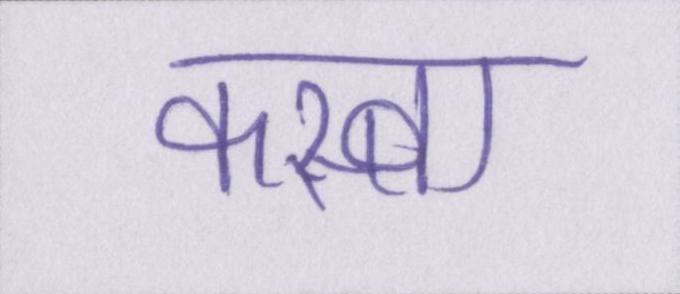
कस्बा